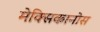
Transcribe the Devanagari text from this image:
मेक्सिकानोस